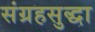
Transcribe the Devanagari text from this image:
संग्रहसुद्धा